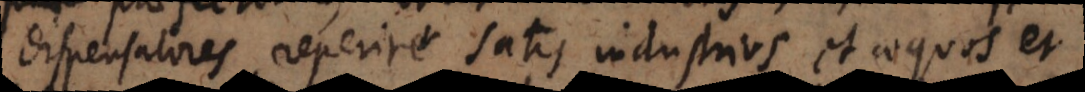
dispensatores reperire satis industrios et aequos et